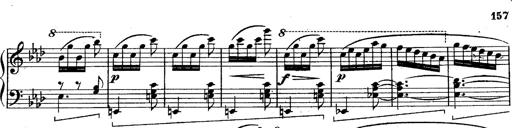
Title: Schubert's Impromptus [revised and edited by Franz Liszt]
Composer: Franz Liszt